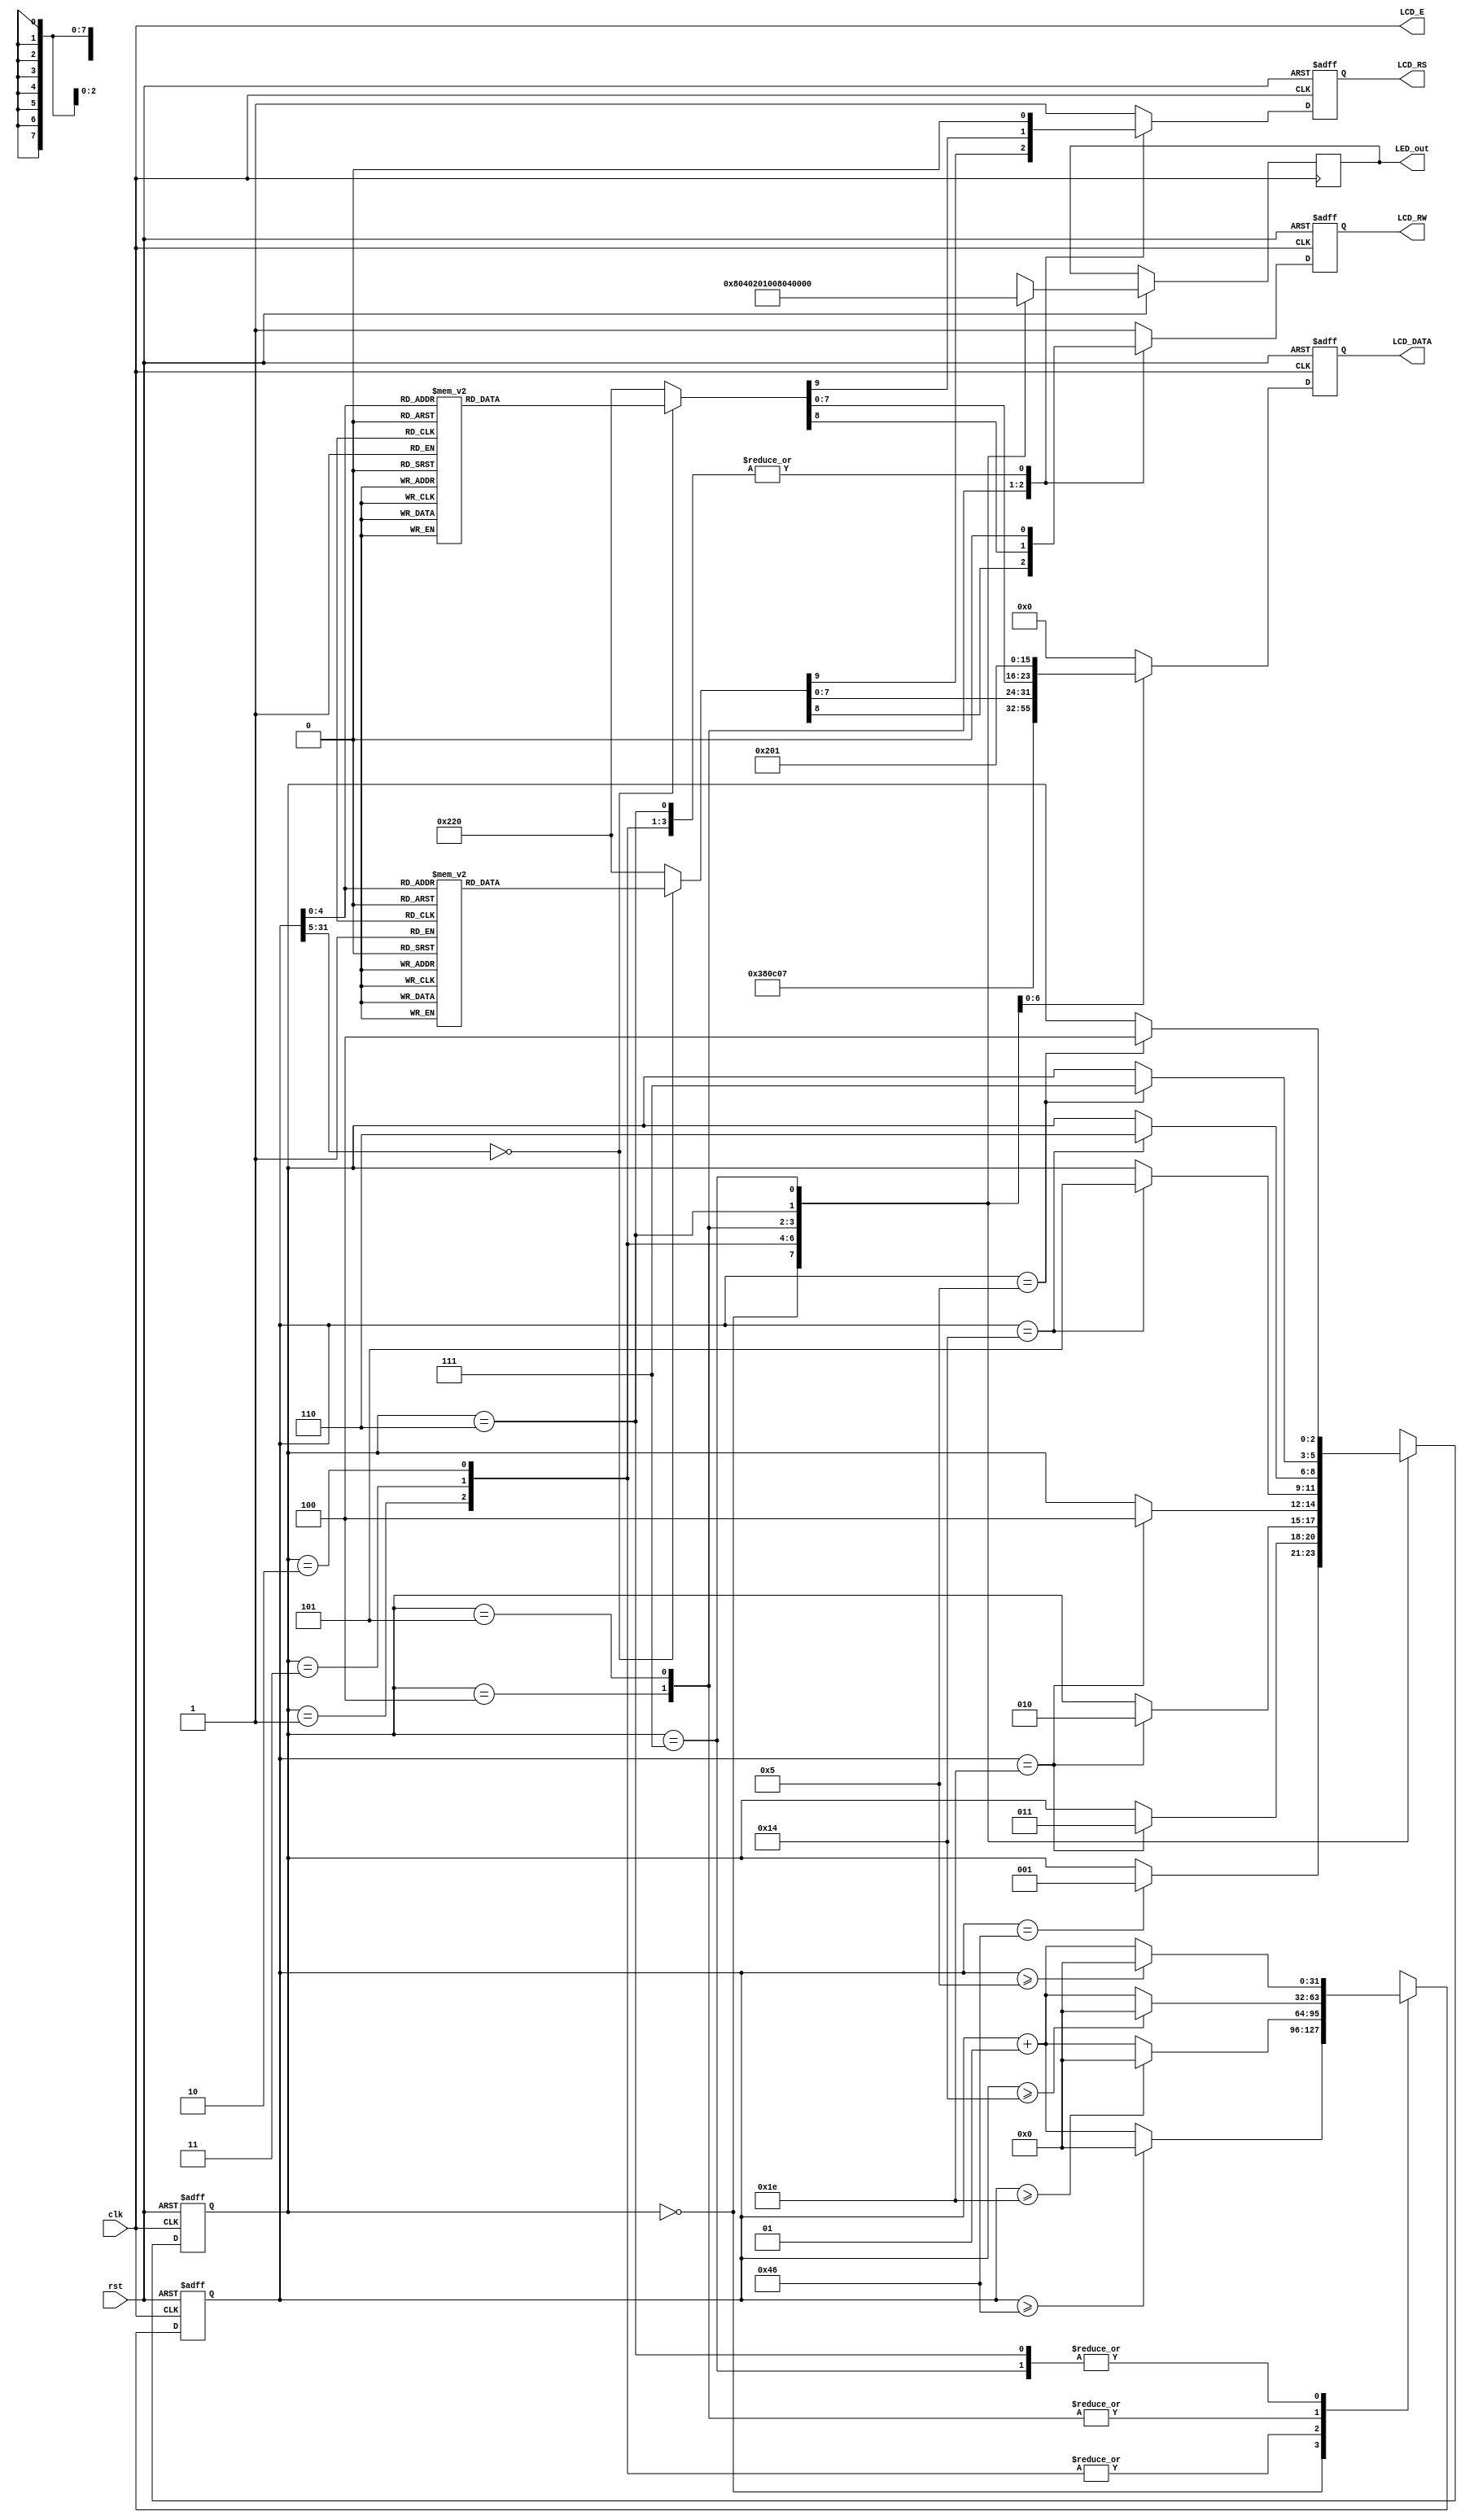
`timescale 1ns / 1ps
//////////////////////////////////////////////////////////////////////////////////
// Company: 
// Engineer: 
// 
// Design Name: 
// Module Name: text_LCD_basic
// Project Name: 
// Target Devices: 
// Tool Versions: 
// Description: 
// 
// Dependencies: 
// 
// Revision:
// Revision 0.01 - File Created
// Additional Comments:
// 
//////////////////////////////////////////////////////////////////////////////////


module text_LCD_basic(clk, rst, LCD_E, LCD_RS, LCD_RW, LCD_DATA, LED_out);

input clk, rst;

output LCD_E, LCD_RS, LCD_RW;
output reg [7:0] LCD_DATA;
output reg [7:0] LED_out;

wire LCD_E;
reg LCD_RS, LCD_RW;

reg [2:0] state;
parameter DELAY        = 3'b000,
          FUNCTION_SET = 3'b001,
          ENTRY_MODE   = 3'b010,
          DISP_ONOFF   = 3'b011,
          LINE1        = 3'b100,
          LINE2        = 3'b101,
          DELAY_T      = 3'b110,
          CLEAR_DISP   = 3'b111;

integer cnt;

always @(posedge clk or negedge rst) begin
    if(!rst) begin 
        state = DELAY;
        cnt = 0;
    end
    else begin
        case(state)
            DELAY : begin
                LED_out = 8'b1000_0000;
                if (cnt == 70) state = FUNCTION_SET; // state 
                if(cnt >= 70) cnt = 0;
                else cnt = cnt + 1; // cnt
            end
            FUNCTION_SET : begin
                LED_out = 8'b0100_0000;
                if (cnt == 30) state = DISP_ONOFF;
                if(cnt >= 30) cnt = 0;
                else cnt = cnt + 1;
            end
            DISP_ONOFF : begin
                LED_out = 8'b0010_0000;
                if (cnt == 30) state = ENTRY_MODE;
                if(cnt >= 30) cnt = 0;
                else cnt = cnt + 1;
            end
            ENTRY_MODE : begin
                LED_out = 8'b0001_0000;
                if (cnt == 30) state = LINE1;
                if(cnt >= 30) cnt = 0;
                else cnt = cnt + 1;
            end
            LINE1 : begin
                LED_out = 8'b0000_1000;
                if (cnt == 20) state = LINE2;
                if(cnt >= 20) cnt = 0;
                else cnt = cnt + 1;
            end
            LINE2 : begin
                LED_out = 8'b0000_0100;
                if (cnt == 20) state = DELAY_T;
                if(cnt >= 20) cnt = 0;
                else cnt = cnt + 1;
            end
            DELAY_T : begin
                LED_out = 8'b0000_0010;
                if (cnt == 5) state = CLEAR_DISP;
                if(cnt >= 5) cnt = 0;
                else cnt = cnt + 1;
            end
            CLEAR_DISP : begin
                LED_out = 8'b0000_0001;
                if (cnt == 5) state = LINE1;
                if(cnt >= 5) cnt = 0;
                else cnt = cnt + 1;
            end
            default : state = DELAY;
        endcase
    end
end

always @(posedge clk or negedge rst) begin
    if(!rst) {LCD_RS, LCD_RW, LCD_DATA} = 10'b1_1_00000000;
    else begin
        case(state)
            FUNCTION_SET : 
                {LCD_RS, LCD_RW, LCD_DATA} = 10'b0_0_0011_1000; // 8bit data, 2 line display
            DISP_ONOFF :     
                {LCD_RS, LCD_RW, LCD_DATA} = 10'b0_0_0000_1100; // display ON, cursor OFF, blink OFF
            ENTRY_MODE :     
                {LCD_RS, LCD_RW, LCD_DATA} = 10'b0_0_0000_0111; // display shift right
            LINE1 : begin
                case(cnt)
                    00 : {LCD_RS, LCD_RW, LCD_DATA} = 10'b0_0_1001_0101; // DD-RAM address set
                    01 : {LCD_RS, LCD_RW, LCD_DATA} = 10'b1_0_0010_0000; //
                    02 : {LCD_RS, LCD_RW, LCD_DATA} = 10'b1_0_0100_1000; // H
                    03 : {LCD_RS, LCD_RW, LCD_DATA} = 10'b1_0_0100_0101; // E
                    04 : {LCD_RS, LCD_RW, LCD_DATA} = 10'b1_0_0100_1100; // L
                    05 : {LCD_RS, LCD_RW, LCD_DATA} = 10'b1_0_0100_1100; // L
                    06 : {LCD_RS, LCD_RW, LCD_DATA} = 10'b1_0_0100_1111; // O
                    07 : {LCD_RS, LCD_RW, LCD_DATA} = 10'b1_0_0010_0000; //
                    08 : {LCD_RS, LCD_RW, LCD_DATA} = 10'b1_0_0101_0111; // W
                    09 : {LCD_RS, LCD_RW, LCD_DATA} = 10'b1_0_0100_1111; // O
                    10 : {LCD_RS, LCD_RW, LCD_DATA} = 10'b1_0_0101_0010; // R
                    11 : {LCD_RS, LCD_RW, LCD_DATA} = 10'b1_0_0100_1100; // L
                    12 : {LCD_RS, LCD_RW, LCD_DATA} = 10'b1_0_0100_0100; // D
                    13 : {LCD_RS, LCD_RW, LCD_DATA} = 10'b1_0_0010_0001; // !
                    14 : {LCD_RS, LCD_RW, LCD_DATA} = 10'b1_0_0010_0000; //
                    15 : {LCD_RS, LCD_RW, LCD_DATA} = 10'b1_0_0010_0000; //
                    16 : {LCD_RS, LCD_RW, LCD_DATA} = 10'b1_0_0010_0000; //
                    default : {LCD_RS, LCD_RW, LCD_DATA} = 10'b1_0_0010_0000; //
                endcase
            end
            LINE2 : begin
                case(cnt)
                    00 : {LCD_RS, LCD_RW, LCD_DATA} = 10'b0_0_1100_0000; // DD-RAM address set
                    01 : {LCD_RS, LCD_RW, LCD_DATA} = 10'b1_0_0011_0010; // 2
                    02 : {LCD_RS, LCD_RW, LCD_DATA} = 10'b1_0_0011_0000; // 0
                    03 : {LCD_RS, LCD_RW, LCD_DATA} = 10'b1_0_0011_0010; // 2
                    04 : {LCD_RS, LCD_RW, LCD_DATA} = 10'b1_0_0011_0010; // 2
                    05 : {LCD_RS, LCD_RW, LCD_DATA} = 10'b1_0_0011_0100; // 4
                    06 : {LCD_RS, LCD_RW, LCD_DATA} = 10'b1_0_0011_0100; // 4
                    07 : {LCD_RS, LCD_RW, LCD_DATA} = 10'b1_0_0011_0000; // 0
                    08 : {LCD_RS, LCD_RW, LCD_DATA} = 10'b1_0_0011_0000; // 0
                    09 : {LCD_RS, LCD_RW, LCD_DATA} = 10'b1_0_0011_0011; // 3
                    10 : {LCD_RS, LCD_RW, LCD_DATA} = 10'b1_0_0011_0100; // 4
                    11 : {LCD_RS, LCD_RW, LCD_DATA} = 10'b1_0_0010_0000; // 
                    12 : {LCD_RS, LCD_RW, LCD_DATA} = 10'b1_0_0100_1011; // K
                    13 : {LCD_RS, LCD_RW, LCD_DATA} = 10'b1_0_0100_1010; // J
                    14 : {LCD_RS, LCD_RW, LCD_DATA} = 10'b1_0_0101_1001; // Y
                    15 : {LCD_RS, LCD_RW, LCD_DATA} = 10'b1_0_0010_0000; //
                    16 : {LCD_RS, LCD_RW, LCD_DATA} = 10'b1_0_0010_0000; //
                    default : {LCD_RS, LCD_RW, LCD_DATA} = 10'b1_0_0010_0000; //    
                endcase
            end
            DELAY_T : 
                {LCD_RS, LCD_RW, LCD_DATA} = 10'b0_0_0000_0010; // cursor at home
            CLEAR_DISP :
                {LCD_RS, LCD_RW, LCD_DATA} = 10'b0_0_0000_0001; // clear display
            default : 
                {LCD_RS, LCD_RW, LCD_DATA} = 10'b1_1_0000_0000; // busy flag & address reading
        endcase
    end
end

assign LCD_E = clk;

endmodule